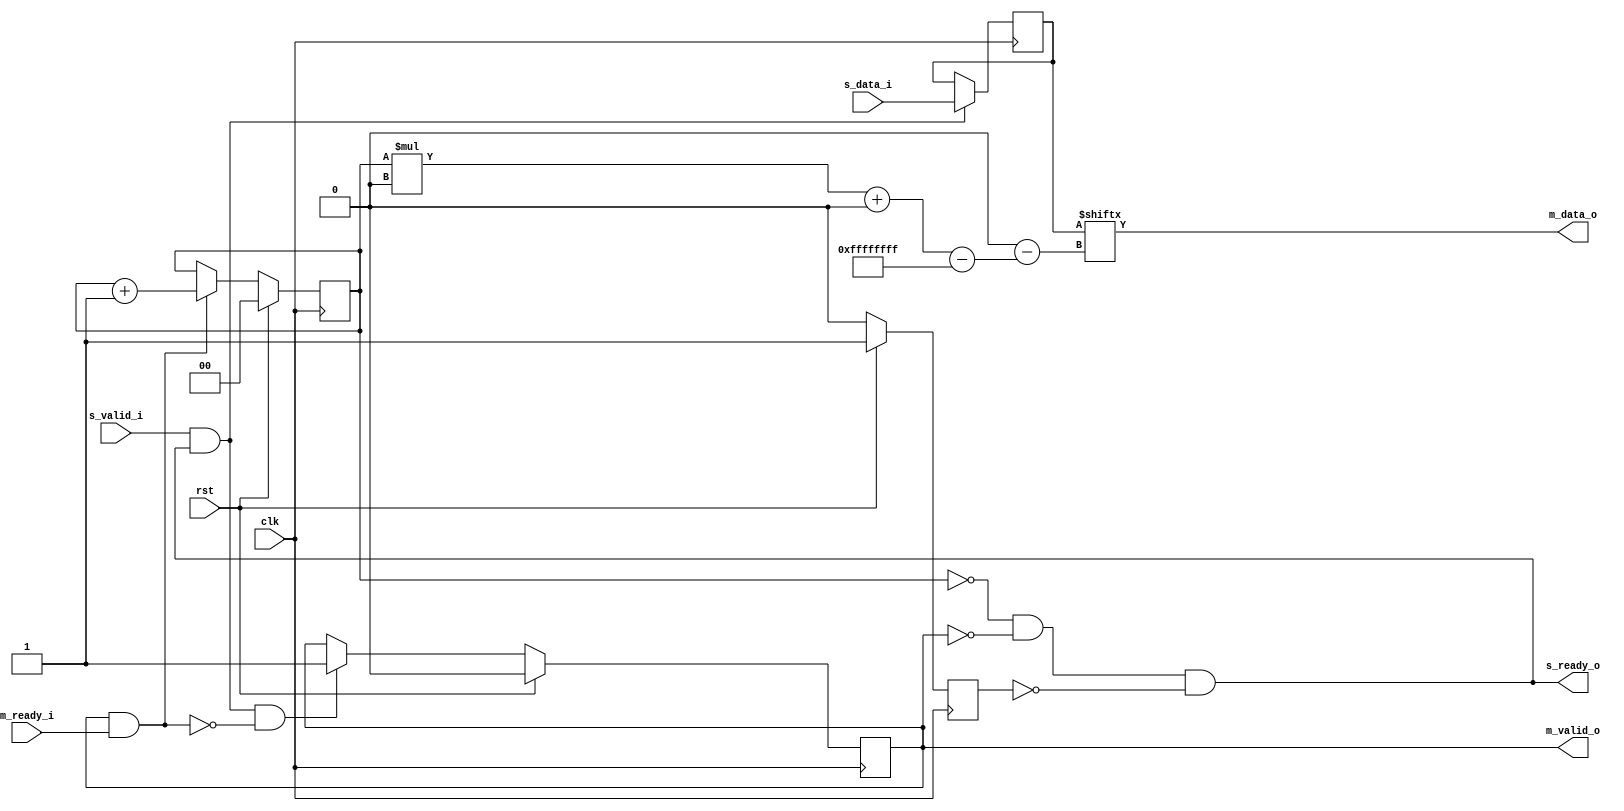
module stream_downsizer
  #(parameter DW_OUT = 0,
    parameter SCALE = 0)
   
   (input clk,
    input 		     rst,
    //Slave Interface   
    input [DW_OUT*SCALE-1:0] s_data_i,
    input 		     s_valid_i,
    output 		     s_ready_o,
    //Master Interface
    output [DW_OUT-1:0]      m_data_o,
    output 		     m_valid_o,
    input 		     m_ready_i);

   reg 			     rst_r;
  
   reg 			    full;
   reg [$clog2(DW_OUT*SCALE)-1:0] idx;
   reg [DW_OUT*SCALE-1:0] 	  data;
   
   wire 		    wr = s_valid_i & s_ready_o;
   wire 		    rd = m_valid_o & m_ready_i;
   wire 		    wrap = (idx == SCALE-1) & rd;

   assign s_ready_o = (((idx == 0) & !full) | (wrap)) & !rst_r;
   
   assign m_data_o = data[idx*DW_OUT+:DW_OUT];
   assign m_valid_o = full;
 
   always @(posedge clk) begin

      if (wr & !rd)
	full <= 1'b1;
      else if (!wr & rd & wrap)
	full <= 1'b0;

      if (wr)
	 data <= s_data_i;

      if (rd) begin
	 if(wrap)
	   idx <= 0;
	 else
	   idx <= idx + 1'b1;
      end

      rst_r <= 1'b0;

      if (rst) begin
	 idx <= 0;
	 full <= 1'b0;
	 rst_r <= 1'b1;
	 //m_valid_o <= 1'b0;
      end
   end
endmodule